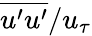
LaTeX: \overline{{u^{\prime}u^{\prime}}}/u_{\tau}